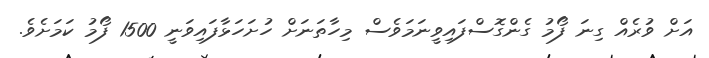
އަށް ވުރެއް ގިނަ ފޯމު ގެންގޮސްފައިވީނަމަވެސް މިހާތަނަށް ހުށަހަޅާފައިވަނީ 1500 ފޯމު ކަމަށެވެ.